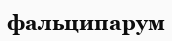
фальципарум